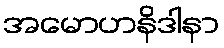
အမောဟနိဒါနာ